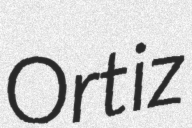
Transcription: Ortiz